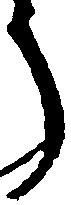
う